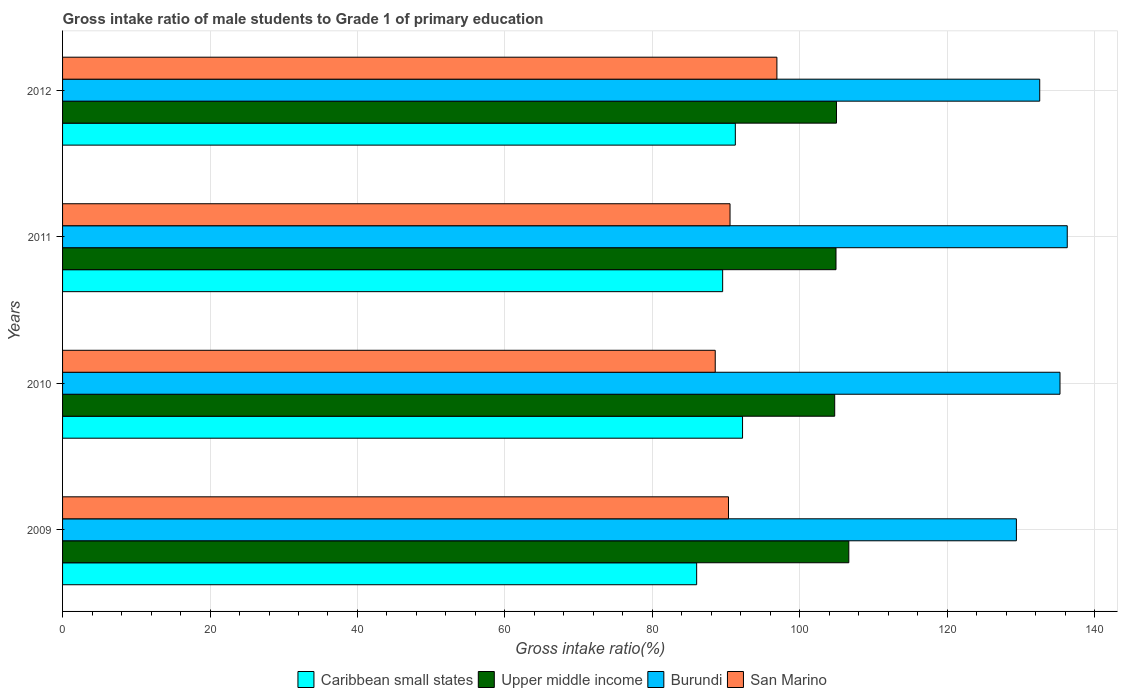
| Years | Caribbean small states | Upper middle income | Burundi | San Marino |
 | --- | --- | --- | --- | --- |
 | 2009 | 86 | 107 | 129 | 90.3 |
 | 2010 | 92.2 | 105 | 135 | 88.5 |
 | 2011 | 89.5 | 105 | 136 | 90.5 |
 | 2012 | 91.3 | 105 | 133 | 96.9 |